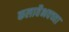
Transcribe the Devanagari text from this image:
कलावैभवच्या